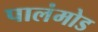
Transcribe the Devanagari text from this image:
पालंमोड